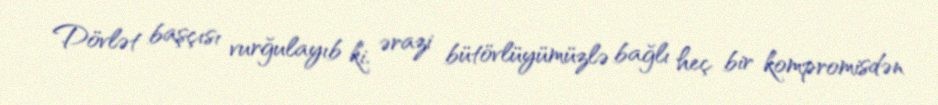
Dövlət başçısı vurğulayıb ki, ərazi bütövlüyümüzlə bağlı heç bir kompromisdən